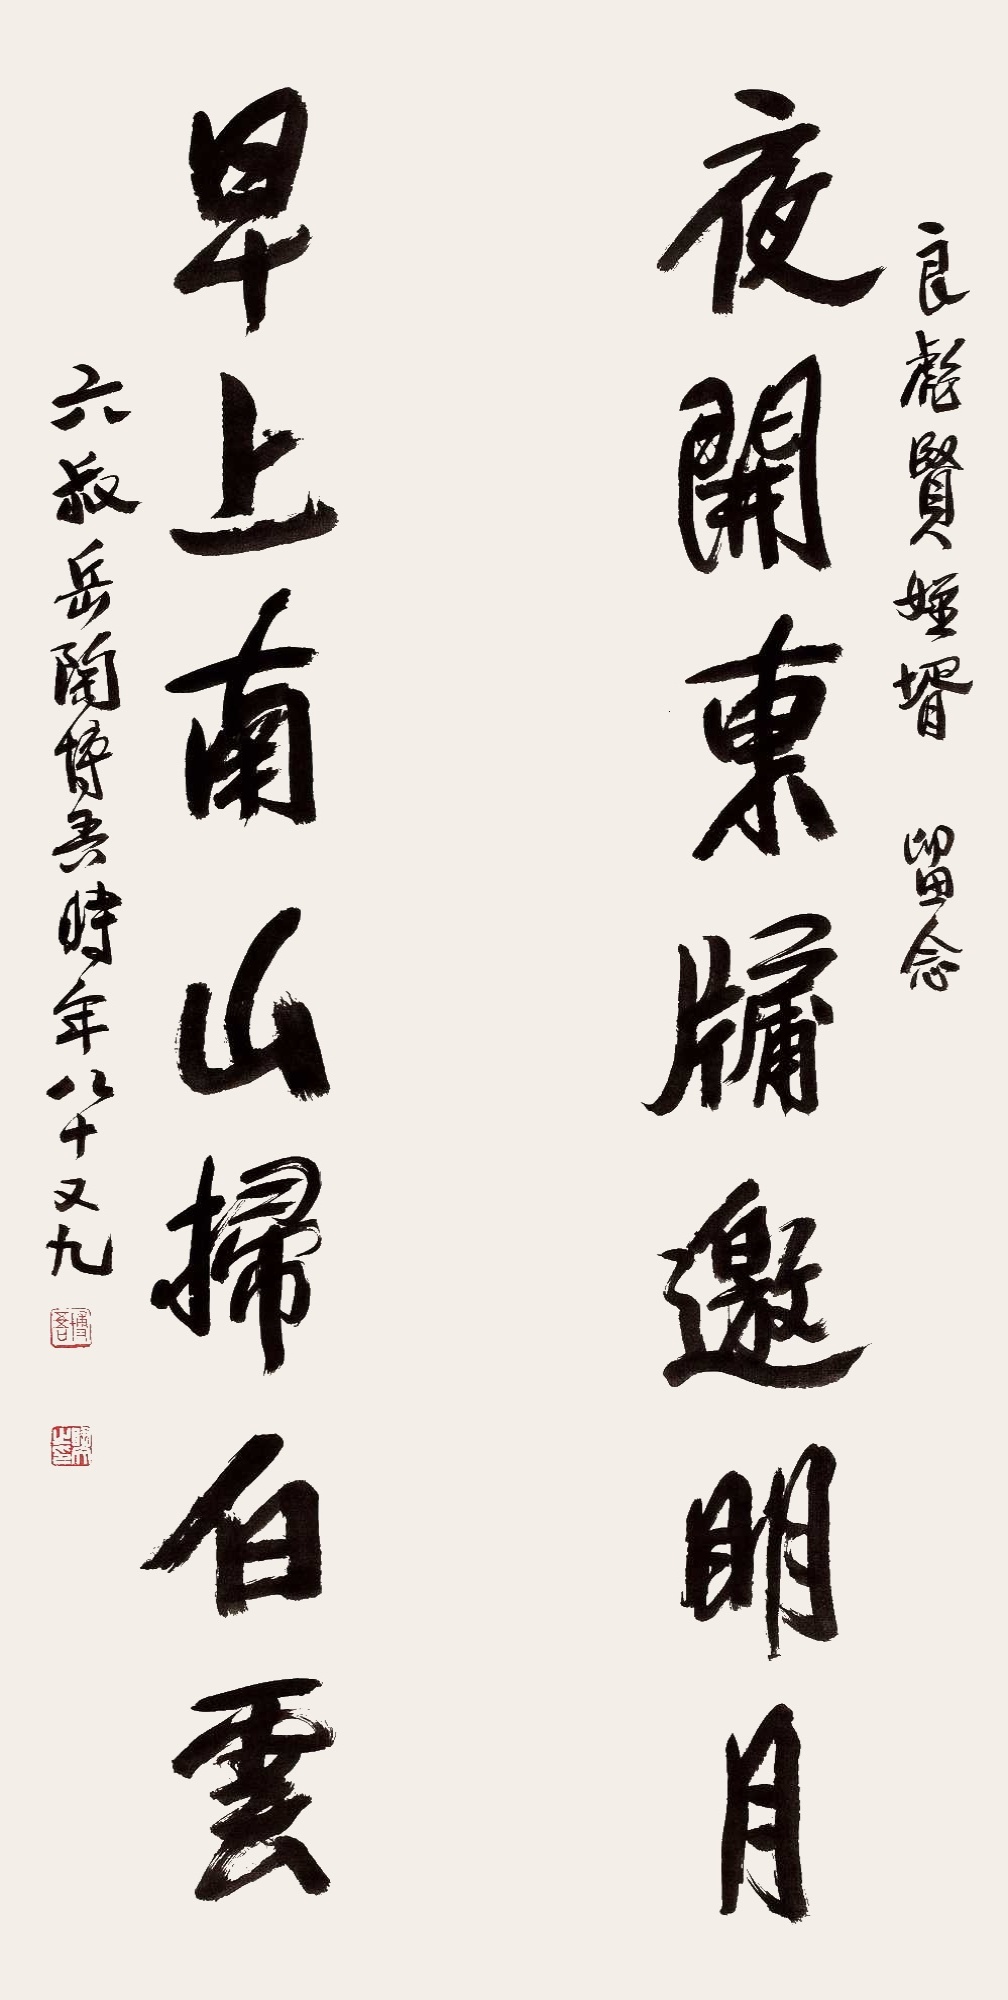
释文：夜开东窗邀明月，早上南山扫白云。良彪贤侄婿留念，六叔岳陶博吾时年八十又九。